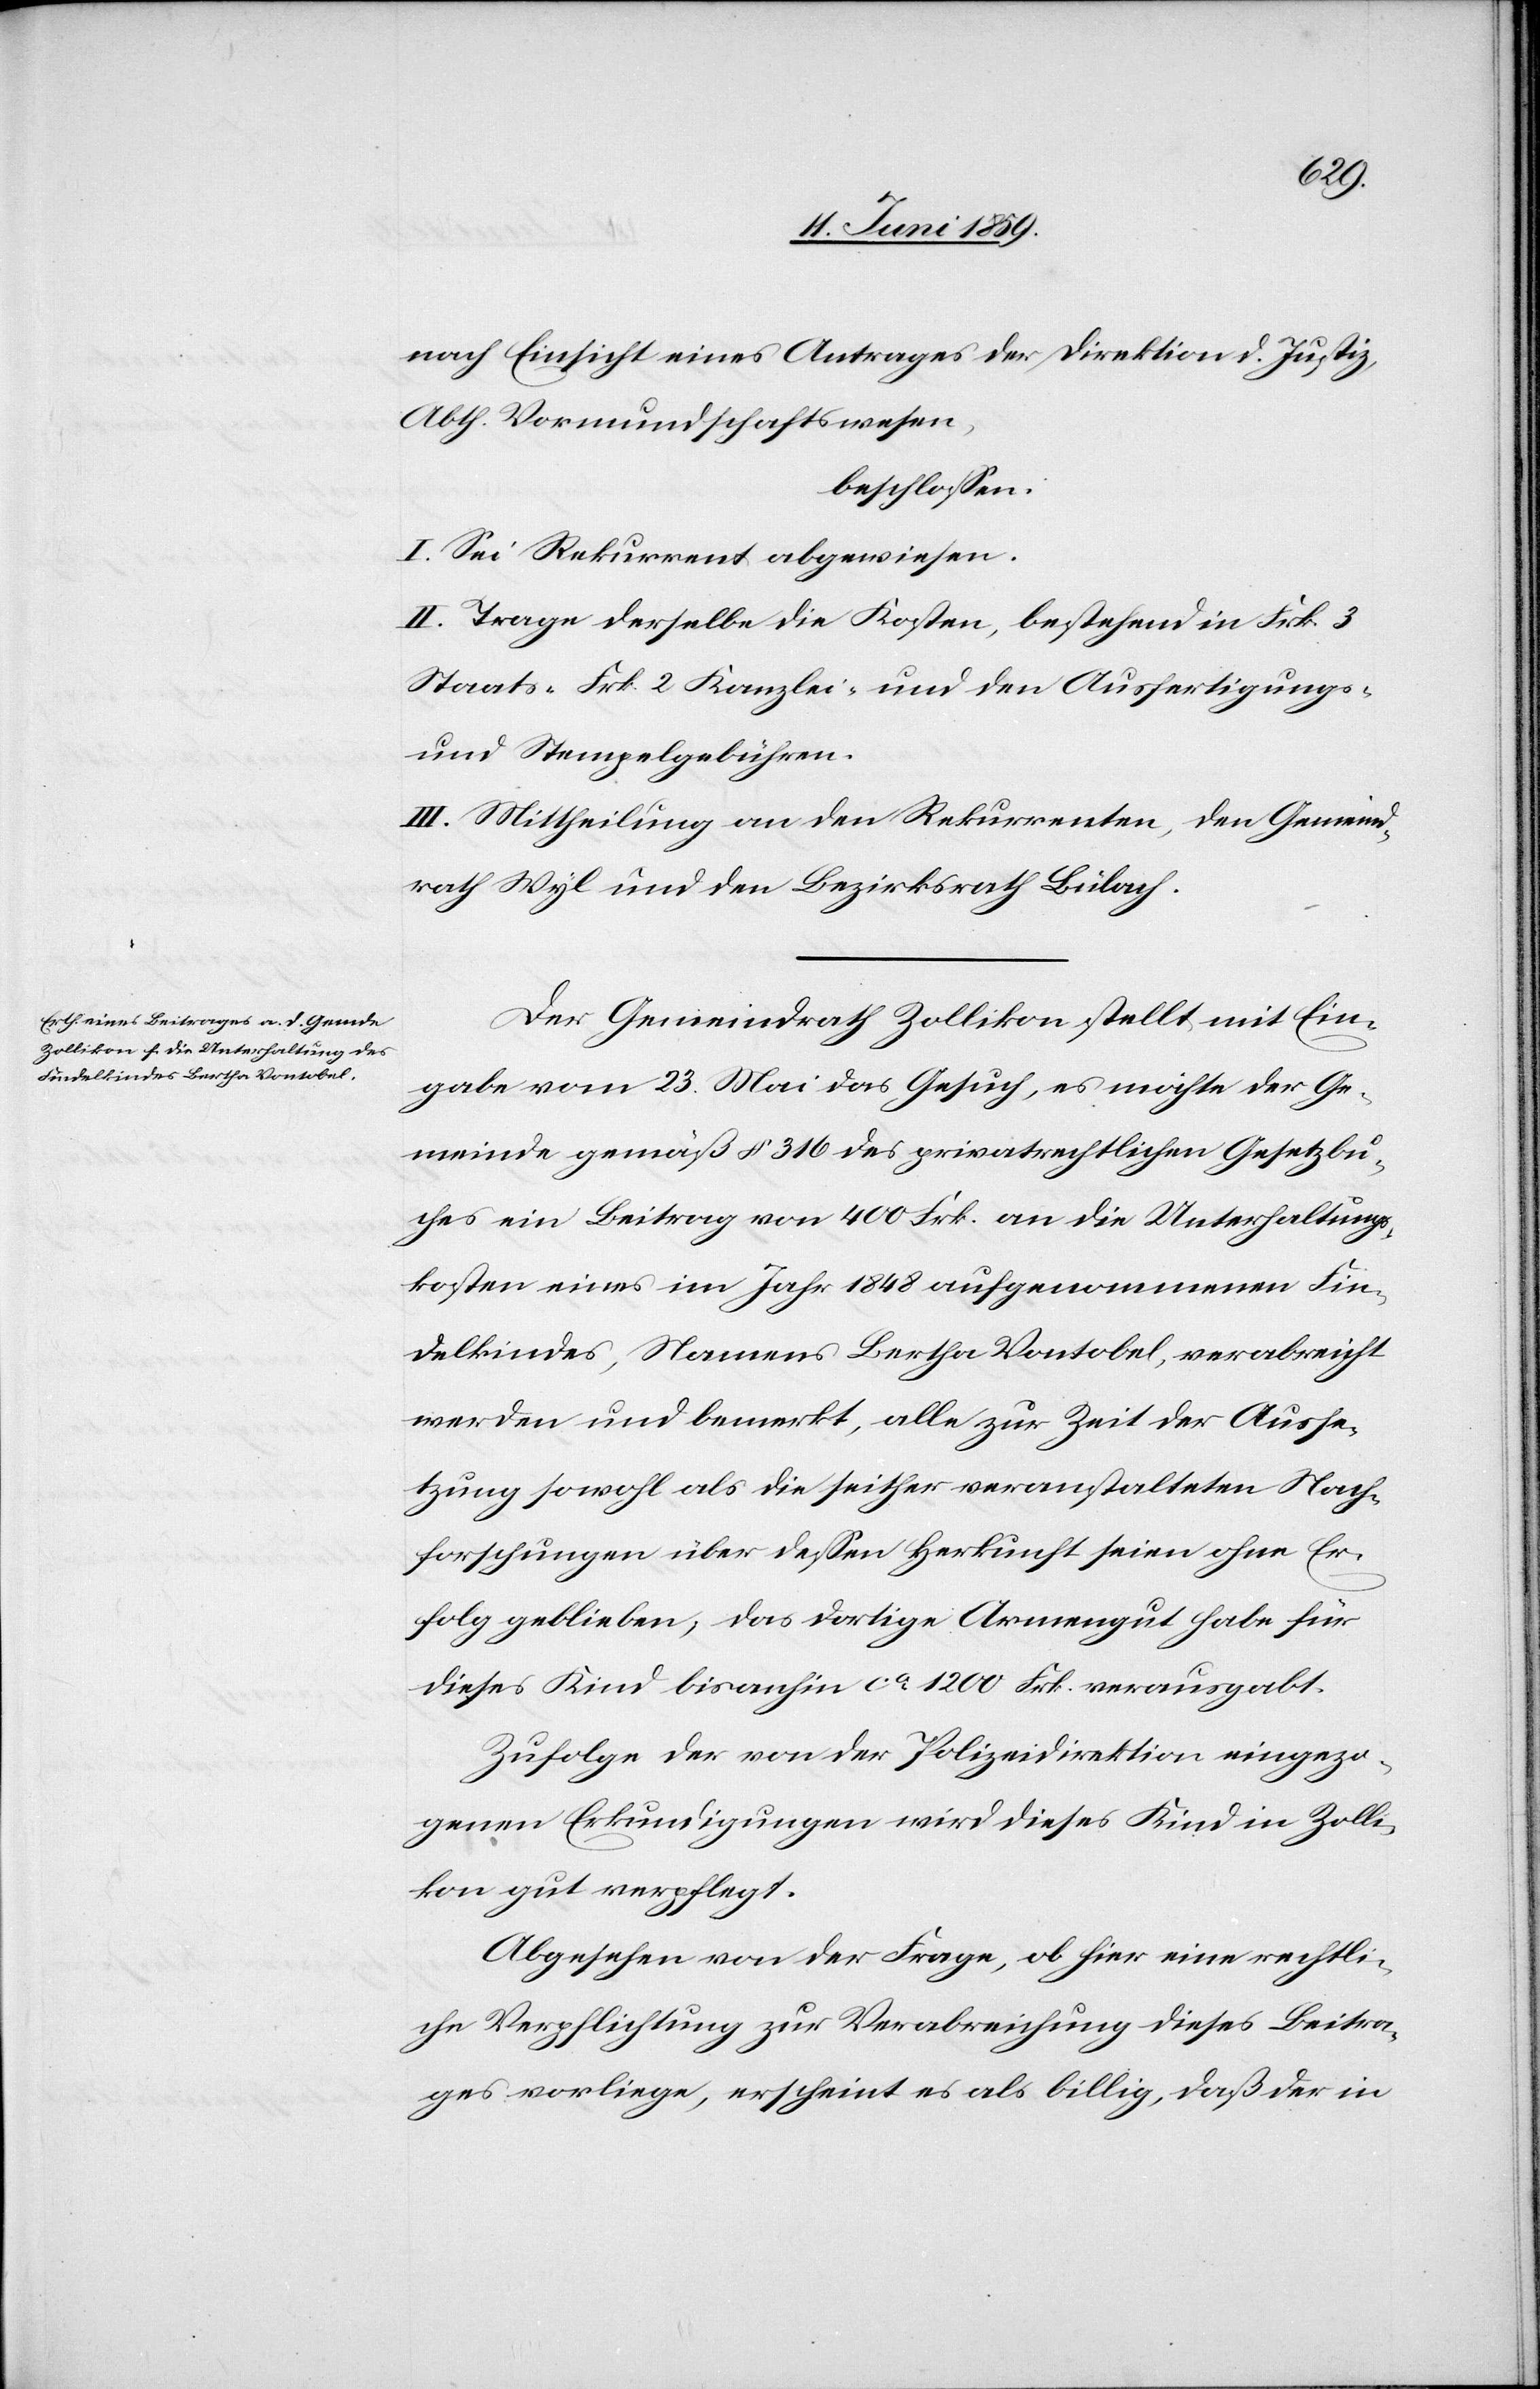
nach Einsicht eines Antrages der Direktion d. Justiz,
Abth. Vormundschaftswesen,
beschlossen:
I. Sei Rekurrent abgewiesen.
II. Trage derselbe die Kosten, bestehend in Frk. 3
Staats-[,] Frk. 2 Kanzlei- und den Ausfertigungs-
und Stempelgebühren.
III. Mittheilung an den Rekurrenten, den Gemeind¬
rathes Wyl und den Bezirksrath Bülach.
Der Gemeindrath Zollikon stellt mit Ein¬
gabe vom 23. Mai das Gesuch, es möchte der Ge¬
meinde gemäß § 316 des privatrechtlichen Gesetzbu¬
ches ein Beitrag von 400 Frk. an die Unterhaltungs¬
kosten eines im Jahr 1848 aufgenommenen Fin¬
delkindes, Namens Bertha Vontobel, verabreicht
werden und bemerkt, alle zur Zeit der Ausse¬
tzung sowohl als die seither veranstalteten Nach¬
forschungen über dessen Herkunft seien ohne Er¬
folge geblieben, das dortige Armengut habe für
dieses Kind bisanhin ca 1200 Frk. verausgabt.
Zufolge der von der Polizeidirektion eingezo¬
genen Erkundigungen wird dieses Kind in Zolli¬
kon gut verpflegt.
Abgesehen von der Frage, ob für eine rechtli¬
che Verpflichtung zur Verabreichung dieses Beitra¬
ges vorliege, erscheint es als billig, daß der in